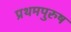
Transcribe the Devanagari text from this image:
प्रथमपुरुष